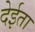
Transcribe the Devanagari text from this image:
देईता